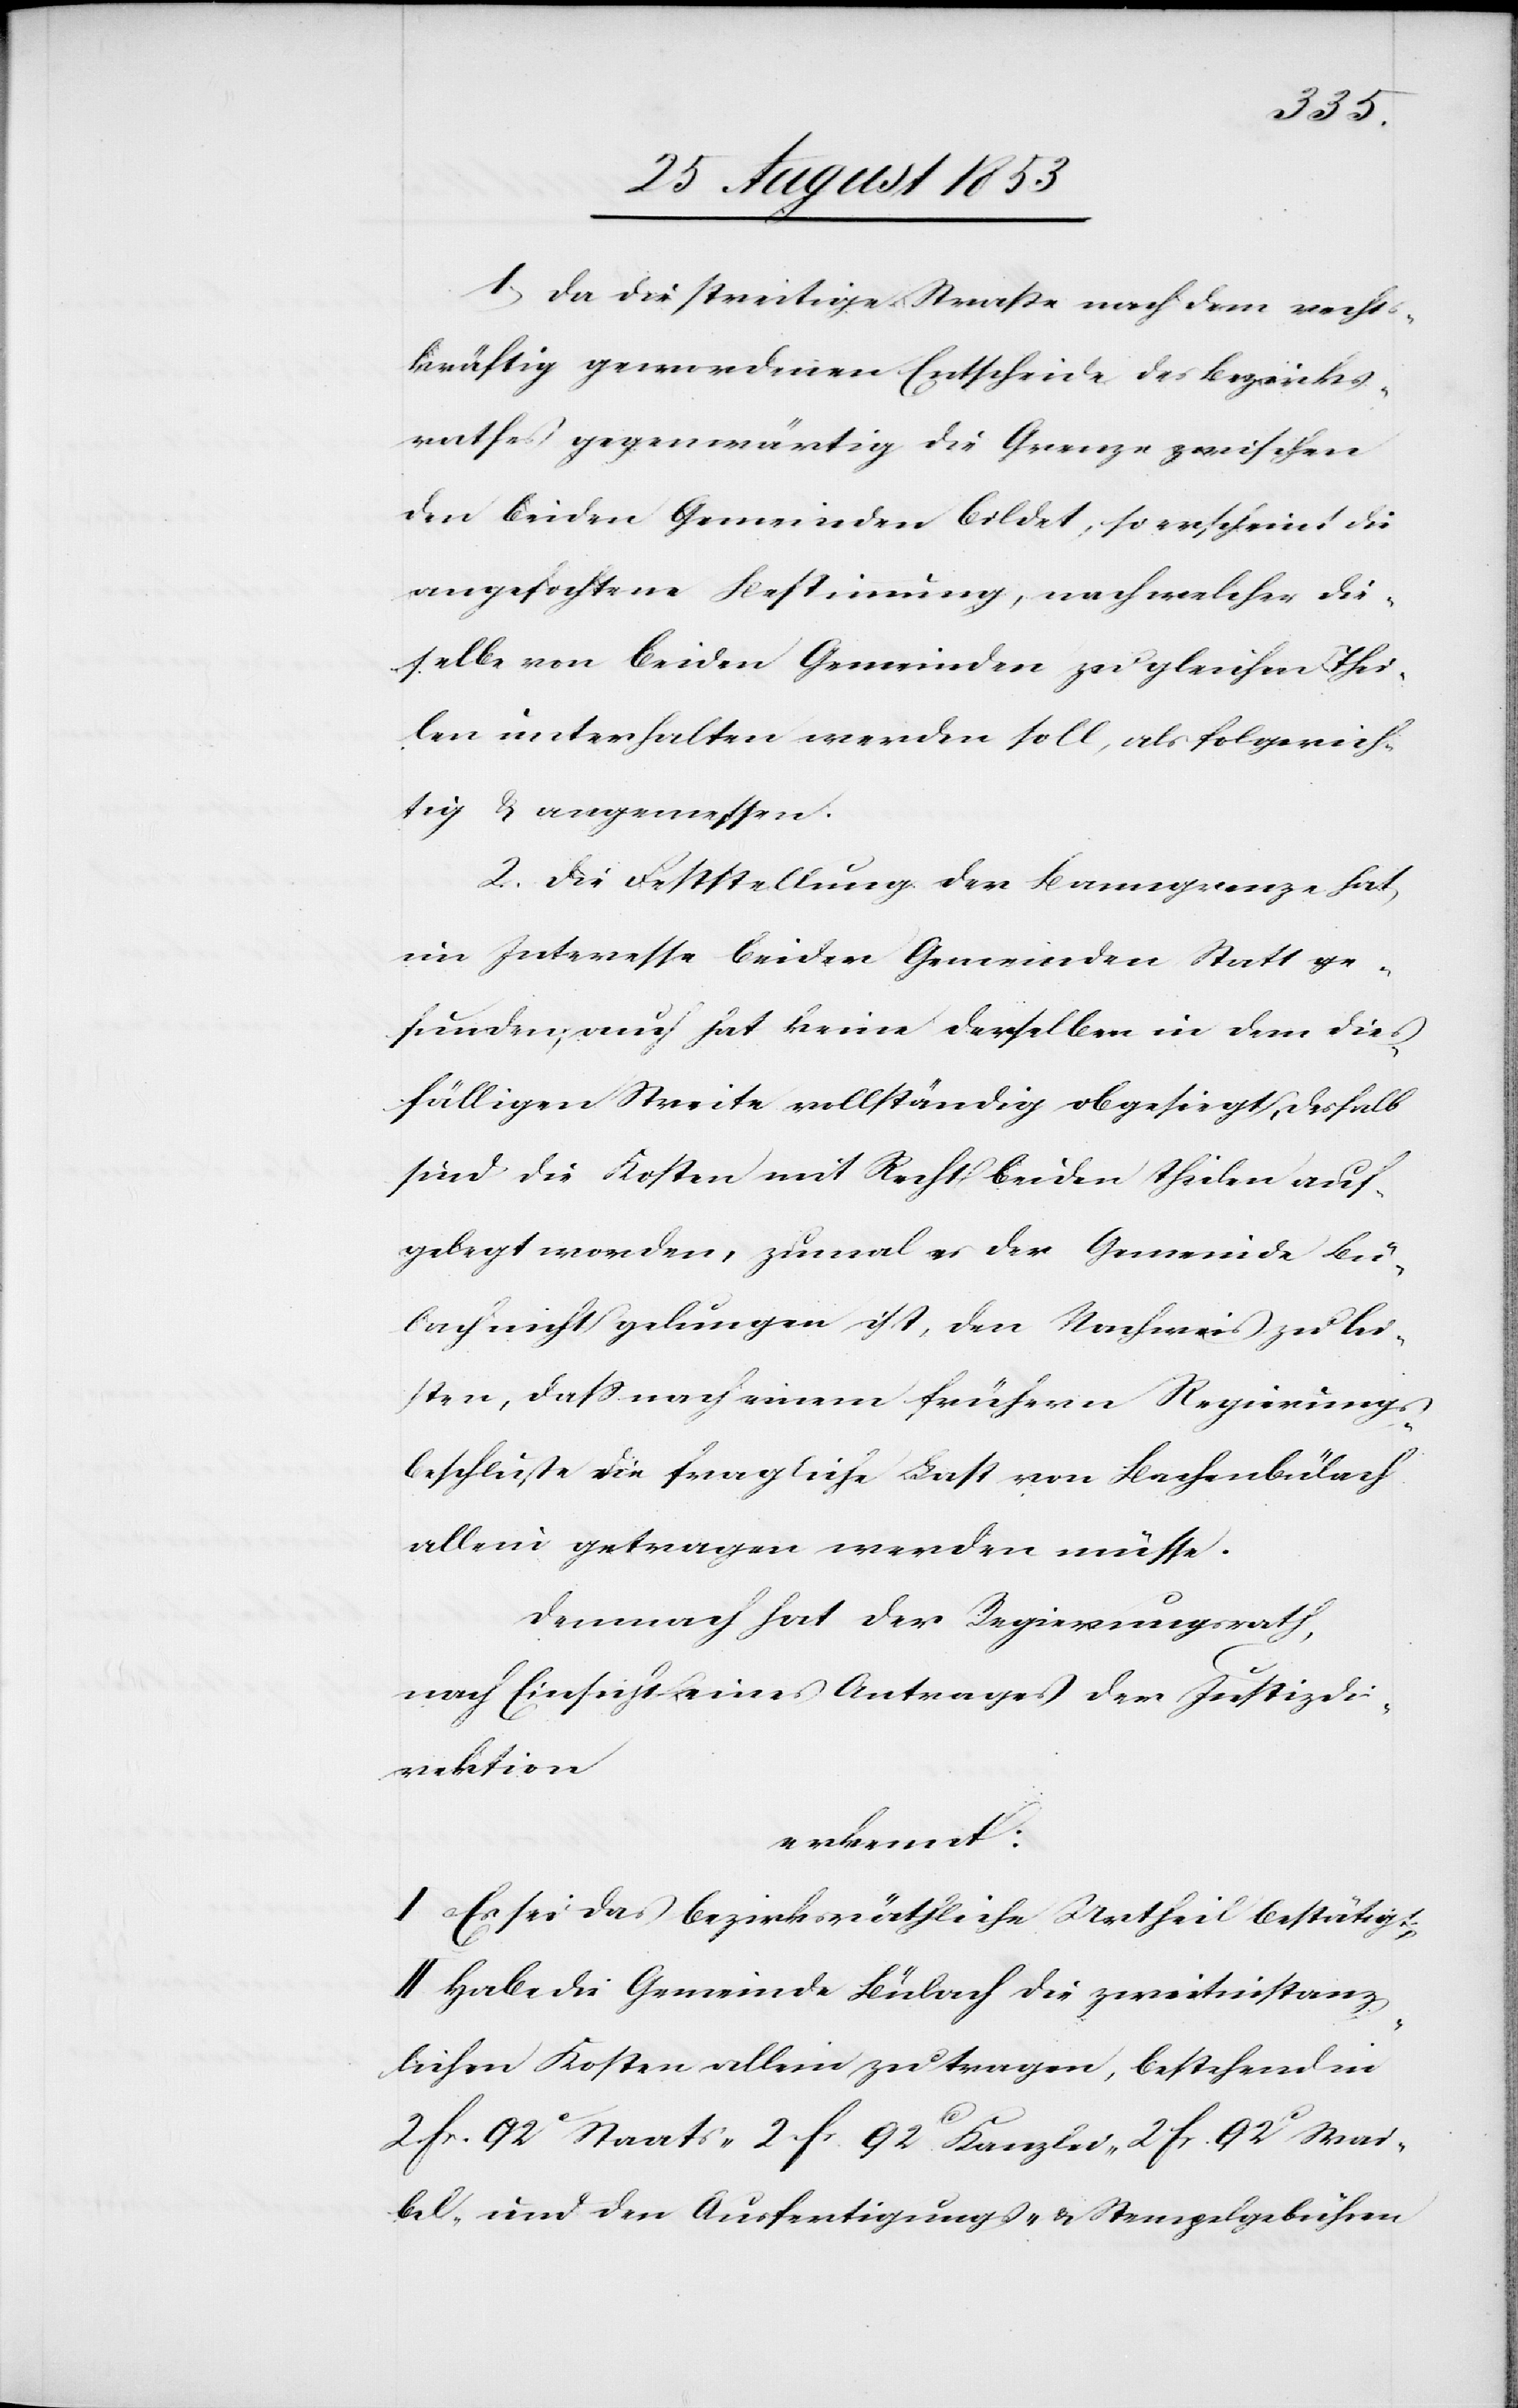
1, Da die streitige Straße nach dem recht¬
skräftig gewordenen Entscheid des Bezirks¬
rathes gegenwärtig die Grenze zwischen
den beiden Gemeinden bildet, so erscheint die
angefochtene Bestimmung, nach welcher die¬
selbe von beiden Gemeinden zu gleichen Thei¬
len unterhalten werden soll, als folgerich¬
tig u. angemessen.
2. Die Feststellung der Banngrenze hat
im Interesse beider Gemeinden Statt ge¬
funden, auch hat keine derselben in dem dies¬
fälligen Streite vollständig obgesiegt, deshalb
sind die Kosten mit Recht beiden Theilen auf¬
gelegt worden, zumal es der Gemeinde Bü¬
lach nicht gelungen ist, den Nachweis zu lei¬
sten, daß nach einem frühern Regierungs¬
beschluße die fragliche Last von Bachenbülach
allein getragen werden müsse.
Demnach hat der Regierungsrath,
nach Einsicht eines Antrages der Justizdi¬
rektion
erkennt:
I. Es sei das bezirksräthliche Urtheil bestätigt.
II. Habe die Gemeinde Bülach die zweitinstanz¬
lichen Kosten allein zu tragen, bestehend in
2 fr. 92c Staats- 2 fr 92c Kanzlei- 2 fr. 92c Wai¬
bel- und den Ausfertigungs- u. Stempelgebühren.